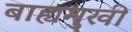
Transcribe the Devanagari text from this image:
बाह्यमुखी